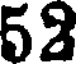
52